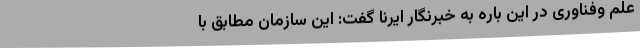
علم وفناوری در این باره به خبرنگار ایرنا گفت: این سازمان مطابق با